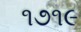
૧૭૧૯